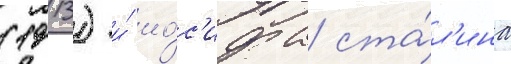
(1913) и́ ио́с'ифа ста́л'ина